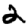
Digit: 2